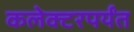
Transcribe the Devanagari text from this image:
कलेक्टरपर्यंत